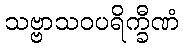
သဗ္ဗာသဝပရိက္ခီဏံ